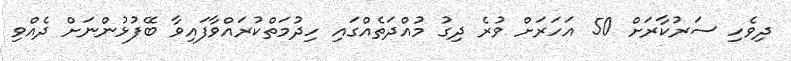
ދިވެހި ސަރުކާރަށް 50 އަހަރަށް ވުރެ ދިގު މުއްދަތެއްގައި ހިދުމަތްކުރައްވާފައިވާ ބޭފުޅުންނަށް ދެއްވި